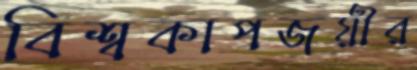
বিশ্বকাপজয়ীর